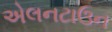
એલનટાઉન